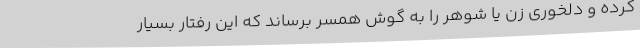
کرده و دلخوری زن یا شوهر را به گوش همسر برساند که این رفتار بسیار